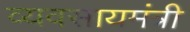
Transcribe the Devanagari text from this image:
व्यवसायमंत्री